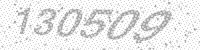
Solution: 130509